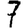
Digit: 7